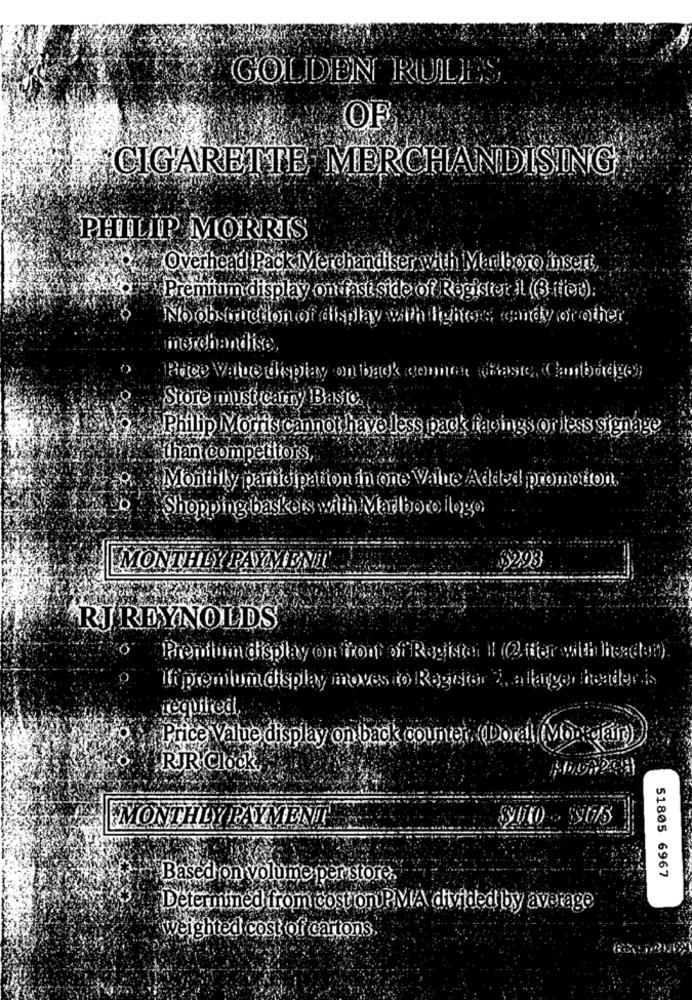
GOLDEN RULES
OF
CIGARETTE MERCHANDISING
PHILIP MORRIS
Overhead Pack Merchandiser with Marlboro insert
Premium display on fast side of Register il ( ited):
No obstruction of display with lighters candy orother
merchandise.
Store must carry Basic
Philip Morris cannot have less pack facings or less signage
than competitors,
Monthly participation in one Vahe Added promotion.
Shopping baskets with Maribo co ilogo
MONTHLY PAYMENT
$293
RJ REYNOLDS
Premium display on front of Register Il ((, wer with lheden).
li premium display moves io Ragetor 2, a larger header ...
required,
Price Value display on back counter, (Doral (Morgan)
RJR Clock
MONTHLY PAYMENT
Based on volume per store.
51805 6967
Determined from cost on PMA divided by average
weighted cost of cartons